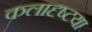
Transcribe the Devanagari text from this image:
कलादृष्टया